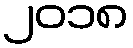
၂၀၁၈